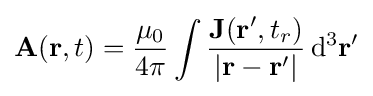
\mathbf {A} (\mathbf {r} ,t)={\frac {\mu _{0}}{4\pi }}\int {\frac {\mathbf {J} (\mathbf {r} ',t_{r})}{|\mathbf {r} -\mathbf {r} '|}}\,\mathrm {d} ^{3}\mathbf {r} '